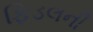
ફિડલની